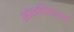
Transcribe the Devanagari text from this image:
सोनचिलखा